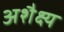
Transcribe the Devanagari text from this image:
अशैक्ष्य